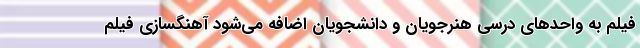
فیلم به واحدهای درسی هنرجویان و دانشجویان اضافه می‌شود آهنگسازی فیلم